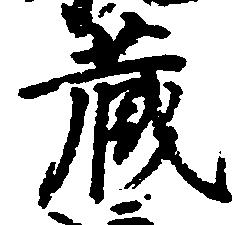
蔵